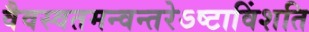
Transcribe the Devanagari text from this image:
वैवस्वतमन्वन्तरेऽष्टाविंशति